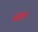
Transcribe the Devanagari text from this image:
मेट्रोचि